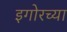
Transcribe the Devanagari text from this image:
इगोरच्या